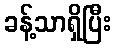
ခန့်သာရှိပြီး